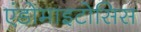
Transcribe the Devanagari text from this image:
एंडोमाइटोसिस